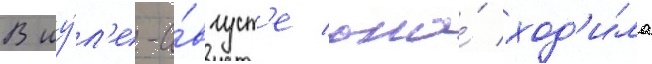
В иу́л'е-а́вгуст'е она́ ход'и́ла